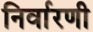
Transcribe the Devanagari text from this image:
निर्वारणी